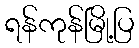
ရန်ကုန်မြို့ပြ